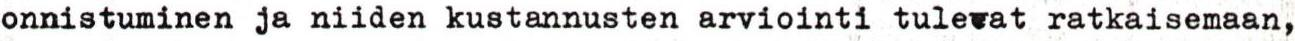
onnistuminen ja niiden kustannusten arviointi tulevat ratkaisemaan,